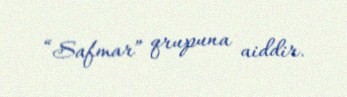
“Safmar” qrupuna aiddir.